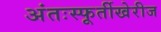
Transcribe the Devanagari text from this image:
अंतःस्फूर्तीखेरीज